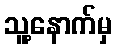
သူ့နောက်မှ